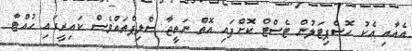
އެއާއި އެކު ހޮސްޕިޓަލުން ޓެސްޓް ކޮށްފައި އޮތް ނަތީޖާ ސްލިޕްތައްވެސް ކައިރީގައި ހުއްޓާ